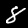
Digit: 8